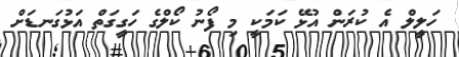
ހަލީލް އެ ކުރަން އުޅޭ ކަމަކީ މި ފޯނު ކޯލްގެ ހަގީގަތް އަޅުގަނޑަަށް